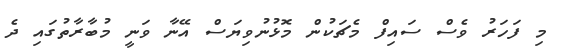
މި ފަހަރު ވެސް ސައިފް މެޗަކުން މޮޅުނުވިޔަސް އޭނާ ވަނީ މުބާރާތުގައި ދެ